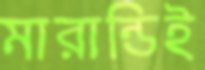
মারান্ডিই